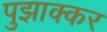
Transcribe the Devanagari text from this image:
पुझाक्कर